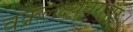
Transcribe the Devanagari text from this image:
वक्रलक्ष्यचराचरः।